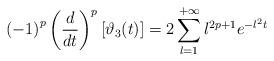
LaTeX: \begin{align*}\left( -1\right) ^{p}\left( \frac{d}{dt}\right) ^{p}\left[ \vartheta_{3}(t)\right] =2\sum\limits_{l=1}^{+\infty }l^{2p+1}e^{-l^{2}t} \end{align*}